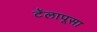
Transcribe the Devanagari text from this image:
टॅलापूसा